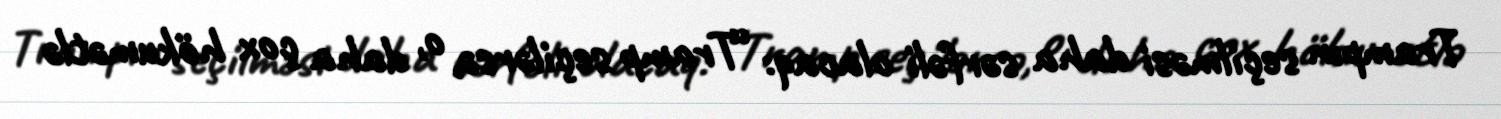
Trampın seçilməsi daha sərfəli olacaq: “Tramp seçilərsə, o, daha çox hökumətlə